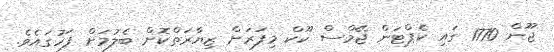
ޖޫން 1770 ގައި ކެޕްޓަން ޖޭމްސް ކޫކް މިފަރަށް ޒިޔާރަތްކޮށް ބެލުމަށް ފަހުގައެވެ.